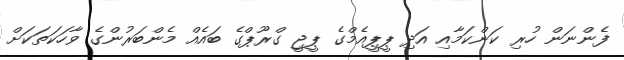
ފެންނަން ހުރި ކަންކަމާއި އަދި ޕީޕީއެމްގެ ޕީޖީ ގްރޫޕްގެ ބައެއް މެންބަރުންގެ ވާހަކަތަކަށް